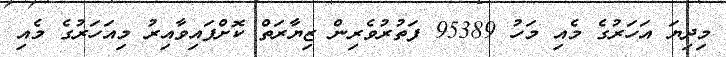
މިދިޔަ އަހަރުގެ މެއި މަހު 95389 ފަތުރުވެރިން ޒިޔާރަތް ކޮށްފައިވާއިރު މިއަހަރުގެ މެއި